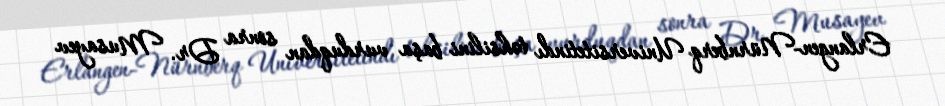
Erlangen-Nürnberq Universitetindı təhsilini başa vurduqdan sonra Dr. Musayev